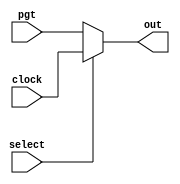
module mux (input wire pgt, clock, select,
            output reg out);

    always @(*) begin
        if (select) begin
            out = clock;
        end else begin
            out = pgt;
        end
    end
endmodule